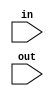
module signExt16_8(in, out); 

	input[7:0]in;
	input[15:0]out; 

	//Concatenate the first bit 8 times
	assign out = { {8{in[7]}}, in[7:0] };

endmodule